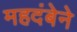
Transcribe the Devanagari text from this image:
महदंबेने